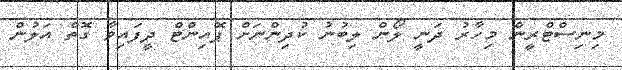
މިނިސްޓްރީން މިހާރު ދަނީ ލޯން ލިބުނު ކުދިންނަށް ޕޮއިންޓް ދީފައިވާ ގޮތް އަލުން